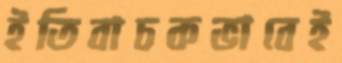
ইতিবাচকভাবেই